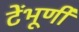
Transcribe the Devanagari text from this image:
टेंभूर्णी